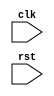
module SPI_Controller (
  input wire clk,
  input wire rst,
  // Add input/output ports for SPI bus signals

  // Add logic for generating clock signals for data transmission

  // Add controls for ensuring data transfer rate and timing

  // Add logic for handling synchronization of data between master and slave devices
);
  
  // Add implementation details for SPI bus controller timing and synchronization block
  
endmodule